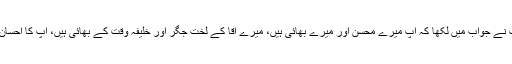
تاہم محترم ڈاکٹر صاحب نے جواب میں لکھا کہ آپ میرے محسن اور میرے بھائی ہیں، میرے آقا کے لخت جگر اور خلیفہ وقت کے بھائی ہیں، آپ کا احسان عمر بھر نہ بھولوں گا۔